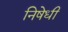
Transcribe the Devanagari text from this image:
निषेधी